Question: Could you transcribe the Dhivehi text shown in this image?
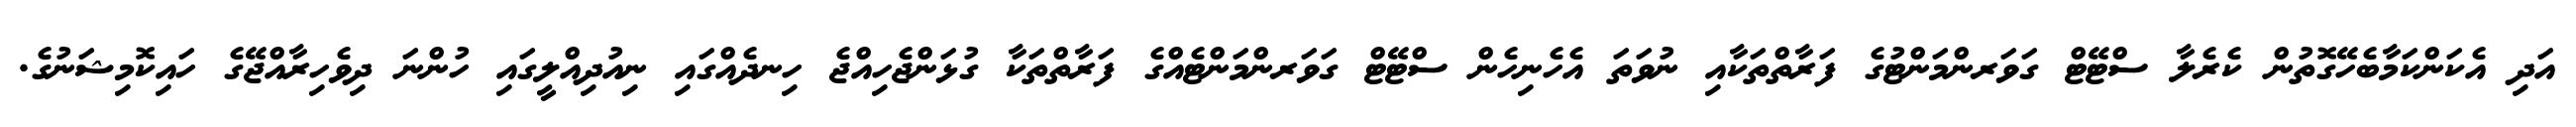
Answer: އަދި އެކަންކަމާބެހޭގޮތުން ކެރެލާ ސްޓޭޓް ގަވަރންމަންޓުގެ ފަރާތްތަކާއި ނުވަތަ އެހެނިހެން ސްޓޭޓް ގަވަރންމަންޓެއްގެ ފަރާތްތަކާ ގުޅަންޖެހިއްޖެ ހިނދެއްގައި ނިއުދިއްލީގައި ހުންނަ ދިވެހިރާއްޖޭގެ ހައިކޮމިޝަނުގެ.